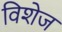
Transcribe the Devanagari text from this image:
विशेज